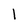
Character: l